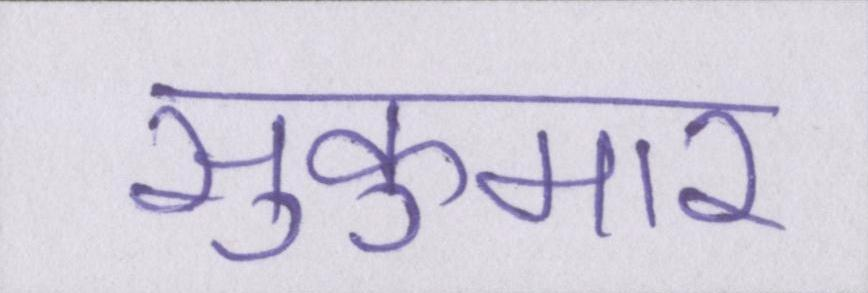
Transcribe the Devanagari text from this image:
सुकुमार